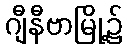
ဂျီနီဗာမြို့၌